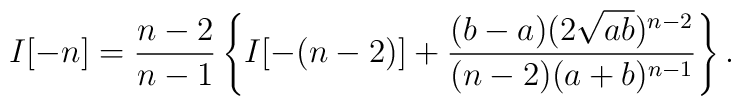
I[-n] = \frac{n-2}{n-1}          \left\{           I[-(n-2)]+\frac{(b-a)(2\sqrt{ab})^{n-2}}                          {(n-2)(a+b)^{n-1}}          \right\} .